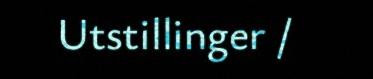
Utstillinger /